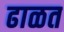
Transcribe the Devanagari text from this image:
ढाळत